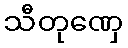
သီတုဏှေ